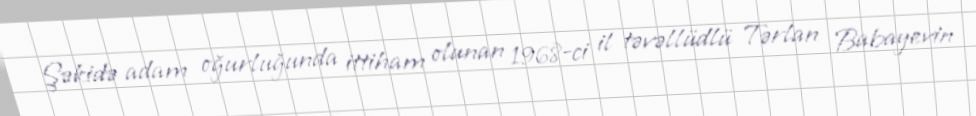
Şəkidə adam oğurluğunda ittiham olunan 1968-ci il təvəllüdlü Tərlan Babayevin